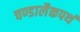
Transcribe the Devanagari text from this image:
चण्डालैकपथं